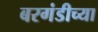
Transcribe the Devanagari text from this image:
बरगंडीच्या